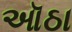
ઑઠા